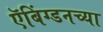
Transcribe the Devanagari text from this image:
ऍबिंग्डनच्या